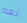
نعم